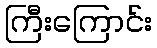
ကြီးကြောင်း